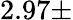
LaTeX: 2.97\pm